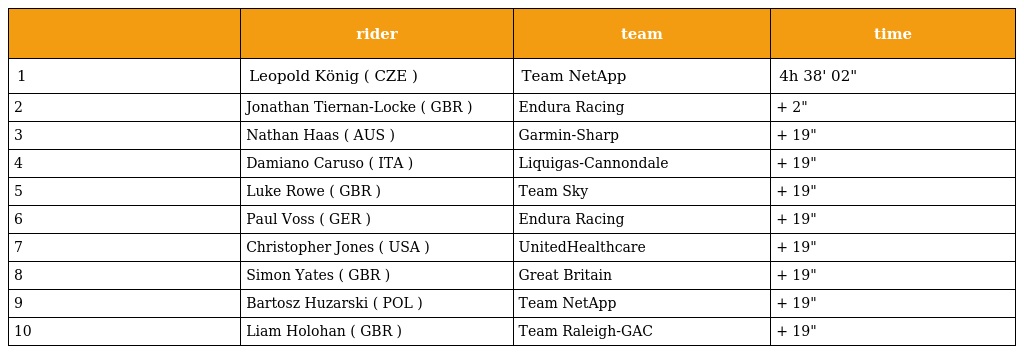
|  | rider | team | time |
 | --- | --- | --- | --- |
 | 1 | Leopold König ( CZE ) | Team NetApp | 4h 38' 02" |
 | 2 | Jonathan Tiernan-Locke ( GBR ) | Endura Racing | + 2" |
 | 3 | Nathan Haas ( AUS ) | Garmin-Sharp | + 19" |
 | 4 | Damiano Caruso ( ITA ) | Liquigas-Cannondale | + 19" |
 | 5 | Luke Rowe ( GBR ) | Team Sky | + 19" |
 | 6 | Paul Voss ( GER ) | Endura Racing | + 19" |
 | 7 | Christopher Jones ( USA ) | UnitedHealthcare | + 19" |
 | 8 | Simon Yates ( GBR ) | Great Britain | + 19" |
 | 9 | Bartosz Huzarski ( POL ) | Team NetApp | + 19" |
 | 10 | Liam Holohan ( GBR ) | Team Raleigh-GAC | + 19" |